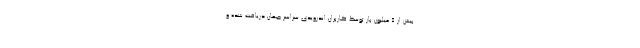
بیش از 5 میلیون بار توسط کاربران اندرویدی سراسر جهان دریافت شده و